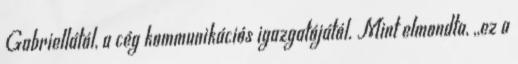
Gabriellától, a cég kommunikációs igazgatójától. Mint elmondta, ,,ez a